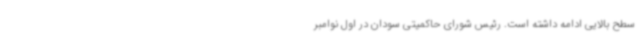
سطح بالایی ادامه داشته است. رئیس شورای حاکمیتی سودان در اول نوامبر